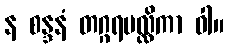
န စန္ဒနံ တဂ္ဂရမလ္လိကာ ဝါ။